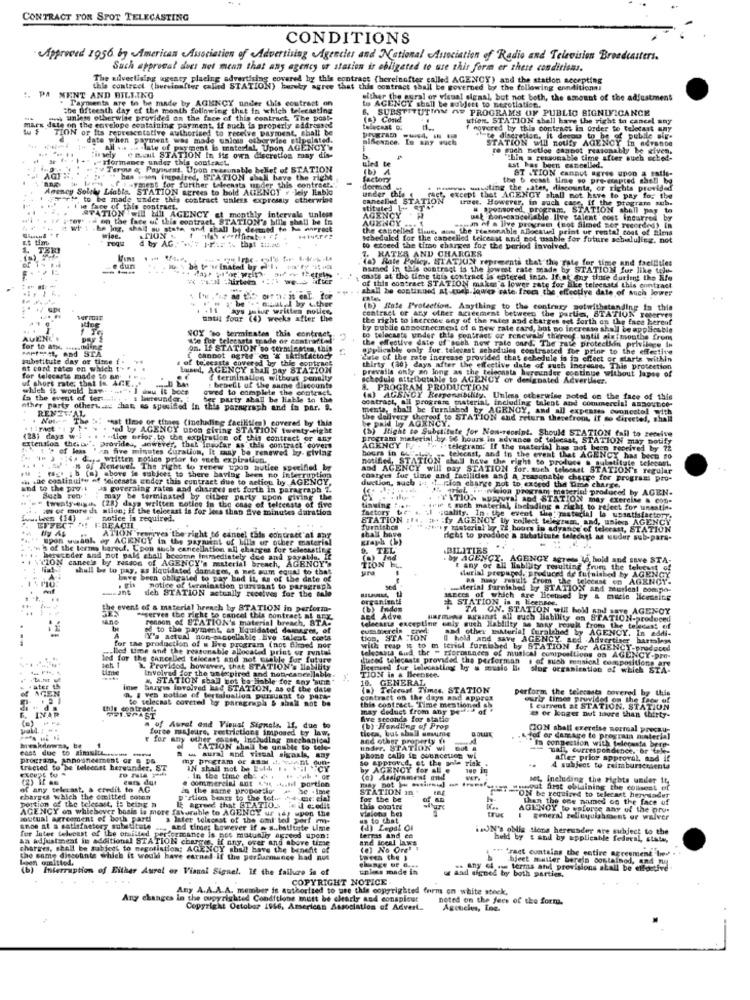
CONTRACT FOR SPOT TELECASTING
CONDITIONS
Approved 1956. by American Association of Advertising Agencies and National Association of Radio and Television Broadcasters.
Such approval does not mean that any agency o station is obligated to use this form er these conditions.
The uilvertising agency placing advertising covered by this contract (hereinafter called AGENCY) and the station accepting
:. PA
this contreet (hereinafter called STATION) hereby agree that this contract shall be governed by the following conditions!
MENT AND BILSING
Payments are to be made by AGENCY under this contract on
either the aural or visual signal, but not both, the amount of the adjustment
the fifteenth day ef the month following thet in which telecasting
to AGENCY shall be subject to negotiation.
SUBSTITUTION OF PROGRAMS OF PUBLIC SIGNIFICANCE
unless otherwise provided on the face of this contract The post-
(s) Cond
ktion. STATION shall have the right to cancel any
mars date on the envelope containing payment, If such is properly addressed
TION
or Its representative authorized to receive payment, shall be
telecast o:
hovered by this contrast in order to telocast any
date when payment was made unicss otherwise stipulated.
alfonnce. In any wuch
"te discretion, it decou to be of public sig-
STATION will noufy AGENCY in advance
all ... .. . late of payment is material. Upon AGEN
re euch netice csapot reasonably be given.
insely (mail STATION In its own discretion may dis-
Hformance under this contract
ules te
Chin a reasonable time after stich eched-
"v Terou a; Payment, Upon reasonable belief of STATION
(b) A
ast has been cancelled.
ST .TION canaut agres upon a satie-
" haa ison impaired, STATION shall have the right
Factory
the b ecast time so pre-empted shell be
Agency Solely Liable, STATION agrees to bold AGENCY # lely lablo
F.I .yment for further telecasts under this contract."
deerod
under this
Phvws unudting the -ater, discounts, or rights provided
" to be made under this contract unless expressly otherwise
canceled ST
raet, except that AGENCY shall not have to pay for the
truer, However, in such case, if the programe sub.
`ie face of this contract.
AGENCY
tituled Lt
# sponsored, Dr
program, STATION shell pay to
STATION IL EII AGENCY et monthly intervals tinley
. on the face of this contract. STATION's bills shall be in
AGENCY
essa of a live program (not Silmed nor recorded) in
ust con-canceljable live talent cost incurred by
.he jog, shall su state, and shall be dettned te ha enprest
the capoelles time, aus the reasonable allocated print ur rental cost of Rims
Itheduked for the cancelled telcesst and not usable for future sebululing, not
d by AG. ..: 1-2 % that tic.a.
1. HATES AND CHARGES
to exceed the time charges for the period involved.
(a) Rate Policy. STATIUN representa that the Tale for time and theilities
--
e dur
named in this contract is the lowest rate made by STATION fur like tole-
4
casts at the time this contract is entered into. If.at any tinte durlet the Efe
---
shall be continued at quel lqu'en rate frece the effective date of auch lower
of this contract STATION makes's lower rate for like teleenatd this contract
. "he " .- muut I by either
ays jate written notice,
(B) fate Protection. Anything to the contrary notwithstanding in this
mathl four (4) weeks after the
contract or any other agreement between the partim, STATION reserves
the right to inercode any of the rates and charges set forth on the face hereof
NOY "so terminates this contract
by publie announcement of a new rate card, but no increase shall be applieuble
AUENCI
We for telecasts grade or comtrinitel'
to telecasts under this contract or renewal thereof.until six months from
for to aty ... filing
on. If STATION to termilaste, toit
the effective date of such now rale oned. The pate protectkin privilege In
applicable only for. telecast schedules contrasted for prior to the effective
substitute day of time
of telecasts covered
[ Cannot agree"on " sAtisfactory
Gule of the rate increase provided that schedule is in effect or starts within
nt cord rates on which ["
Lamed, AGENCY Iban pay STATION
vered by this coptrack
prevalla only an long as the telegasta hereunder continue without lapse of
thirty (30) days after the effective date of such increase. This protection
for telecasts made to an-
uf short rate; that In. AGE.
{ termination without penalty
schedule attributable to AGENCY or designated Advertiser.
which it would bay. ..
owed to complete the contract,
: bebell of the same discounts
8. PROGRAM PRODUCTION
In the event of ter ..
OF party shall be liable to the
contract, all programs material, including talent and commercial ABBONE.CO-
(a) AGENCY Responsibility. Unless otherwise noted on the face of this
nther party otherw.se Than, as spesifed in this paragraph and in par. S.
mente, shall be furnished by AGENCY, and all expenses ounnestel with
RENEWAL
Nous The
seat the or times (including facilities) covered by this
the delivery thereof to STATION and return thevefrom, if so directed, shall
be paid by AGENCY.
ed by AGENCY upon giving STATION twenty eight
(b) Right to Substitute for Non-reosint. Should STATION fail to receive
extension the: by".
(28) days
. . - lige prior to the expiration of this contract or any
program material by 56 hours in advance of telecast, STATION may notify
Provides, anwever, that insofar as this contract covers
'n five minutes Curalion, it may be renewed h- giving
bours in God-l
AGENCY W .
Ta , telegram. If the material has not been received by 72
"P ) : 14 des whitten notice prior to woch expiration.
notified, STATION shall have the right to produce a substitute telecast.
telecast, and in the event that AGENCY has been so
.. . . , 54 1 -5 of Renewal. The right to renew upon nutlee specified by
and AGENCY will pay STATION for. such teleout STATION's regular
F : rags i b (a) above de subject to there having been no interruption
. Lae continuity of foicesats under this cuntract due to action by AGENCY,
duction, such it, "
coatges for time and facilides and A reasonable charge for program: pro-
and to the pro 4
As governing rates and charges set forth in paragraph 7.
: . IL.Rion charge not to exceed the Time charge.
in -wvision program material produced by AGEN-
may be terminated by cither party upon giving the
TATION HURTUTAL AD4 STATION may exercise & con-
si of more di ation; if the telecast is for less than five minutes duration
(28) days written notice in the case of telteeste of five
Thetory
finsing
wie e much material, including o right to reject for unestin-
w.wwen (14) + notice is required.
STATION :I.
.. . I .cality. In . the event the : pastacial la ussatisfactory.
a :fy AGENCY Wy collect telegram, and, unies AGENCY
EFFECT M! F-DEACIL
shall bave
tri y material by 72 hours in adyance of telerast, STATION
upon wasak ef ACENCY in the payment of bills or other materisi
ATION'reserves the right to cancel this contraer'al ar
dicht to produce a substitute lalechat as uuder sub-para-
'n of the terms beredd, Cpon such cancellation ail changes for selessstins
D. TEL
BILITIES
TION cancels by resson of AGENCY's material breach, AGENCY'S
hersender and not paid shall become immediately dee and pars
ayable. 12
Ind
. by AGENCY, AGENGY agress to hold and save STA-
shall be to pay, as liquidated damages, & net sum equal to thef
TION EL.
t any of all liability resulting from the telecast of
durial prepared, produced de futaished by AGENCY
bave been obligated to pay hed il, as of the date of
BA muy result from the telecast on AGENCY.
dieh STATION actually receives for the sale
notice of termination pursuant to paragraph
Merial furnished by STATION and musical sompo-
organfenti
STATION in n licencee.
laEces of which are Bicemed by & muzie lievesing
the event of a material breach by STATION in perform-
TA ON. STATION will hold and save AGENCY
-serves the right to cancel this contract ai Bro
ronson of STATION's material breach, STA-
Ed Adve
Harmuss against all such liability on STATION-produced
to the payment, as Liquidated damages, of
telecasts exceptine Gely such Hablilty no sony result from the teledass of
cuma mercin
and other material turalehed by AGENCY. In eddi-
Y'a actual non-sacoellable .live taleat conts
tion, STA TON
0 hold and save AGENCY, sed .Advertiser hartalent
.lled time and the reasonable allocated print or runtal
for the production of a live program (nos Simned nor
with reap it to m teriel furmbbed by STATION for AGENCY-produced
led for the cancelled telecast and not chable for future
telecasta Sud the - groromances of musical compositions os AGENCY-pre-
duced telecasts provided the performan s of such musical compositions are
ich 1
Lime
'L Providod, however, that STATION's Ilability
Involved for the undcpirod and non-cancellable.
ceneed for lelocasting by a music Il slog organization of which STA-
", STATION shall not be liable for any 'sune"
TION is & Bleensee.
GENERAL
AGEN
AtEE
Suzyis involved had STATION, as of the date
(a) Telecast Times. STATION
perform the telecasts covered by this
n. I ves notice of termaluation pursuant to parse
to telecast coveted ig paragraph & shall not be
contract on the days and approx
curly times provided on the faos
INAR
this contract
this contract. Time mentioned sh
may deduct from any peufar
e or koger nut laure than thirty-
& current at STATION. STATION
CAST
five seconds for statio
pald. : -.
a of Aurel end Visual Signals. If. due to
force majeure, restrictions imposed by law.
(b) Handling of Prop
ticca, but shall assume
CON shall exercise normaal precau-
r for any other canse, Including mechanical
and other property It
& fof or damage to program ninterial
eass due to simult ...... -
hvakdowas,
CATION shal be gnable to tele-
under. STATION wi
In conpession with telecasta bere-
mall, Correspondence. br Cke
program, Announcement or & D&
my program of asst .t. cant que:
w aural and visual sigaals, may
phone call ie cuunceting wi
do Approved, et the anle risk
after prior
prior approval, sad if
tracted to be telecost hervander, ST
IN shall not be Esl4. .. .-. ..
by AGENCY for al
A subject to reimbursements
commercial ant * **, ihil portion
In the time ebs e .
let, including the rights under it,
if any telecast, a credit to AG
in the same propor ig a- be .ime
STATION in
story wasout first obtaining the colisest of
portion of the telecast, is being n
charges which the omitted coton
"stion beste to the fot ... d-mie: cial
for the be
"ON be required to telecast herysader
then the one named on the face of
Agreed that STATIO.S.
this contre
viatona Bel
AGENCY to esforce any of the pru.
AGENCY on whichever basis is more favorable to AGENCY ur idy upon the
outual agreement of both parti
& later telecast of the ami tel parf rm-
us to chat
general relluyulabment or walver
anoe at a satisfactory substitute ... and time; however if a s .. butltte time
(d) Lepal Of
i.JN's oblia sions hereunder are subject to the
an adjustment in additional STATION charges, if any, over and above time
for Inter telvenst of the otslisted performance is pos mutually agreed upon!
terras and en
held by s and by applicable federal, state
charges, shall be subject to negotiation; AGENCY shall have the benefit of
(e) No Ore! !
#ff fract cuntalas the entire agreement hned .
the same dissofinte which it would have earned It the perbarmance had not
tweea the }
change of a.
Interruption of Either Aural or Visual Siguel. If the failure is of
unles made in
u and signed by both parties.
.. Any &i nse terms and provisions atall be erbsetive
bject mutter berals containod, 94 g.
COPYRIGHT NOTICE
Any A.A.A.A. member is authorized to use this copyrighted form on white stock,
Any changes in the copyrighted Conditions mutt be charly and conspleut
noted on the fees of the form.
Copyright October 1956, Arserican Association of Advert.
Agencies, Loc.